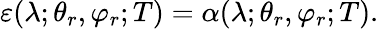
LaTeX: \varepsilon(\lambda;\theta_{r},\varphi_{r};T)=\alpha(\lambda;\theta_{r},\varphi_{r};T)\mathrm{.}